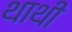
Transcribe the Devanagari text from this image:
थाथी